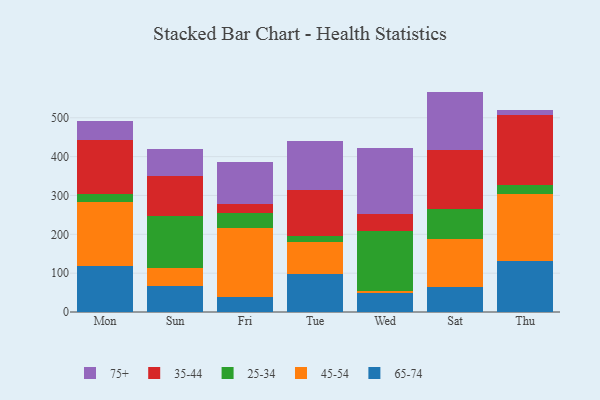
{"axis": {"x": "Day", "y": "Churn Rate (%)"}, "legend": ["25-34", "35-44", "45-54", "65-74", "75+"], "data": [{"x": "Mon", "y": 118.0, "type": "65-74"}, {"x": "Mon", "y": 165.2, "type": "45-54"}, {"x": "Mon", "y": 19.5, "type": "25-34"}, {"x": "Mon", "y": 139.4, "type": "35-44"}, {"x": "Mon", "y": 48.3, "type": "75+"}, {"x": "Sun", "y": 66.8, "type": "65-74"}, {"x": "Sun", "y": 46.7, "type": "45-54"}, {"x": "Sun", "y": 134.6, "type": "25-34"}, {"x": "Sun", "y": 101.4, "type": "35-44"}, {"x": "Sun", "y": 70.8, "type": "75+"}, {"x": "Fri", "y": 38.7, "type": "65-74"}, {"x": "Fri", "y": 178.8, "type": "45-54"}, {"x": "Fri", "y": 37.8, "type": "25-34"}, {"x": "Fri", "y": 23.4, "type": "35-44"}, {"x": "Fri", "y": 106.3, "type": "75+"}, {"x": "Tue", "y": 98.3, "type": "65-74"}, {"x": "Tue", "y": 81.7, "type": "45-54"}, {"x": "Tue", "y": 15.6, "type": "25-34"}, {"x": "Tue", "y": 118.1, "type": "35-44"}, {"x": "Tue", "y": 125.3, "type": "75+"}, {"x": "Wed", "y": 49.0, "type": "65-74"}, {"x": "Wed", "y": 5.7, "type": "45-54"}, {"x": "Wed", "y": 153.8, "type": "25-34"}, {"x": "Wed", "y": 43.5, "type": "35-44"}, {"x": "Wed", "y": 169.4, "type": "75+"}, {"x": "Sat", "y": 64.2, "type": "65-74"}, {"x": "Sat", "y": 124.9, "type": "45-54"}, {"x": "Sat", "y": 75.6, "type": "25-34"}, {"x": "Sat", "y": 152.6, "type": "35-44"}, {"x": "Sat", "y": 150.0, "type": "75+"}, {"x": "Thu", "y": 131.9, "type": "65-74"}, {"x": "Thu", "y": 171.3, "type": "45-54"}, {"x": "Thu", "y": 23.8, "type": "25-34"}, {"x": "Thu", "y": 179.8, "type": "35-44"}, {"x": "Thu", "y": 12.6, "type": "75+"}]}